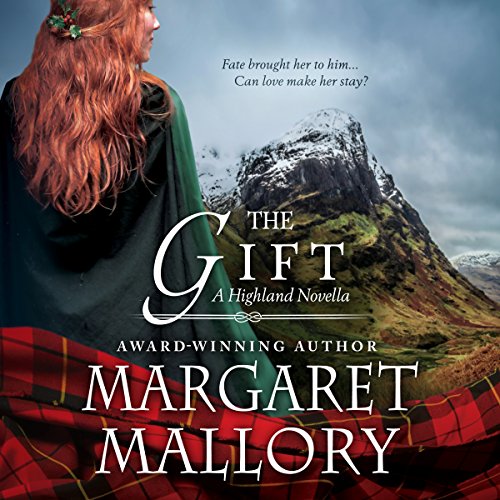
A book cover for The Gift: A Highland Novella; Margaret Mallory; Romance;